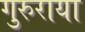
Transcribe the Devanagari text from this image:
गुरुराया